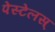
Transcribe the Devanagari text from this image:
पेस्टेलस्